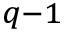
_ { q - 1 }